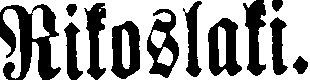
Rikoslaki.